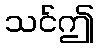
သင်ဤ